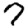
Digit: 7